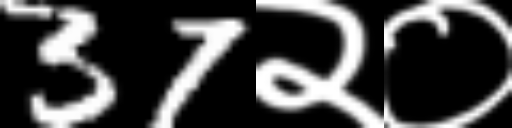
Text: 37२०